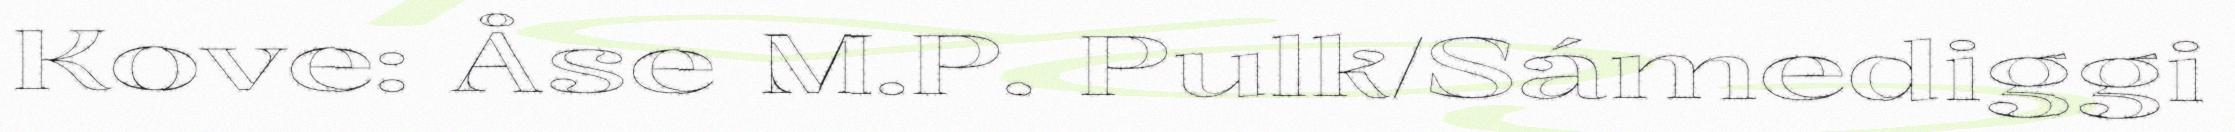
Kove: Åse M.P. Pulk/Sámediggi